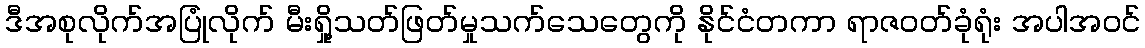
ဒီအစုလိုက်အပြုံလိုက် မီးရှို့သတ်ဖြတ်မှုသက်သေတွေကို နိုင်ငံတကာ ရာဇဝတ်ခုံရုံး အပါအဝင်